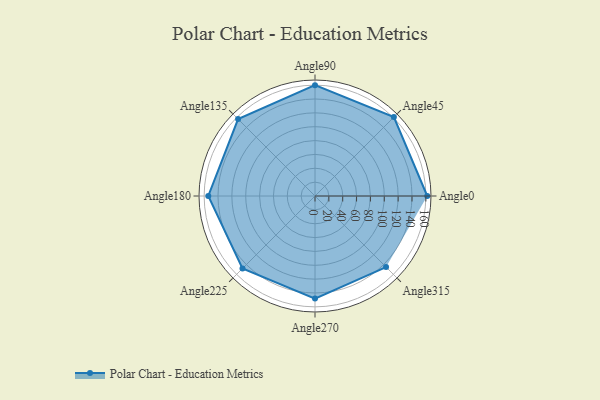
{"axis": {"x": "Angle", "y": "Radius"}, "legend": [""], "data": [{"x": "Angle0", "y": 162.0, "type": ""}, {"x": "Angle45", "y": 161.0, "type": ""}, {"x": "Angle90", "y": 160.0, "type": ""}, {"x": "Angle135", "y": 157.0, "type": ""}, {"x": "Angle180", "y": 154.0, "type": ""}, {"x": "Angle225", "y": 148.0, "type": ""}, {"x": "Angle270", "y": 148.0, "type": ""}, {"x": "Angle315", "y": 145.0, "type": ""}]}